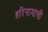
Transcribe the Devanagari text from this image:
हरिनामाची